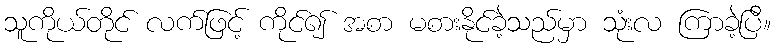
သူကိုယ်တိုင် လက်ဖြင့် ကိုင်၍ အစာ မစားနိုင်ခဲ့သည်မှာ သုံးလ ကြာခဲ့ပြီ။